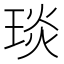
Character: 琰